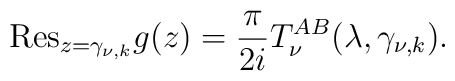
{\mathrm{Res}}_{z=\gamma _{\nu ,k}}g(z)=\frac{\pi }{2i}T_\nu ^{AB}(\lambda ,\gamma _{\nu ,k}).